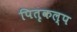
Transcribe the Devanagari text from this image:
पितृकल्प